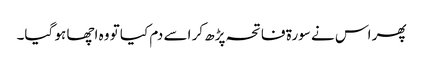
پھر اس نے سورۃ فاتحہ پڑھ کر اسے دم کیا تو وہ اچھا ہو گیا۔